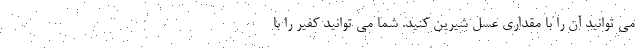
می توانید آن را با مقداری عسل شیرین کنید. شما می توانید کفیر را با